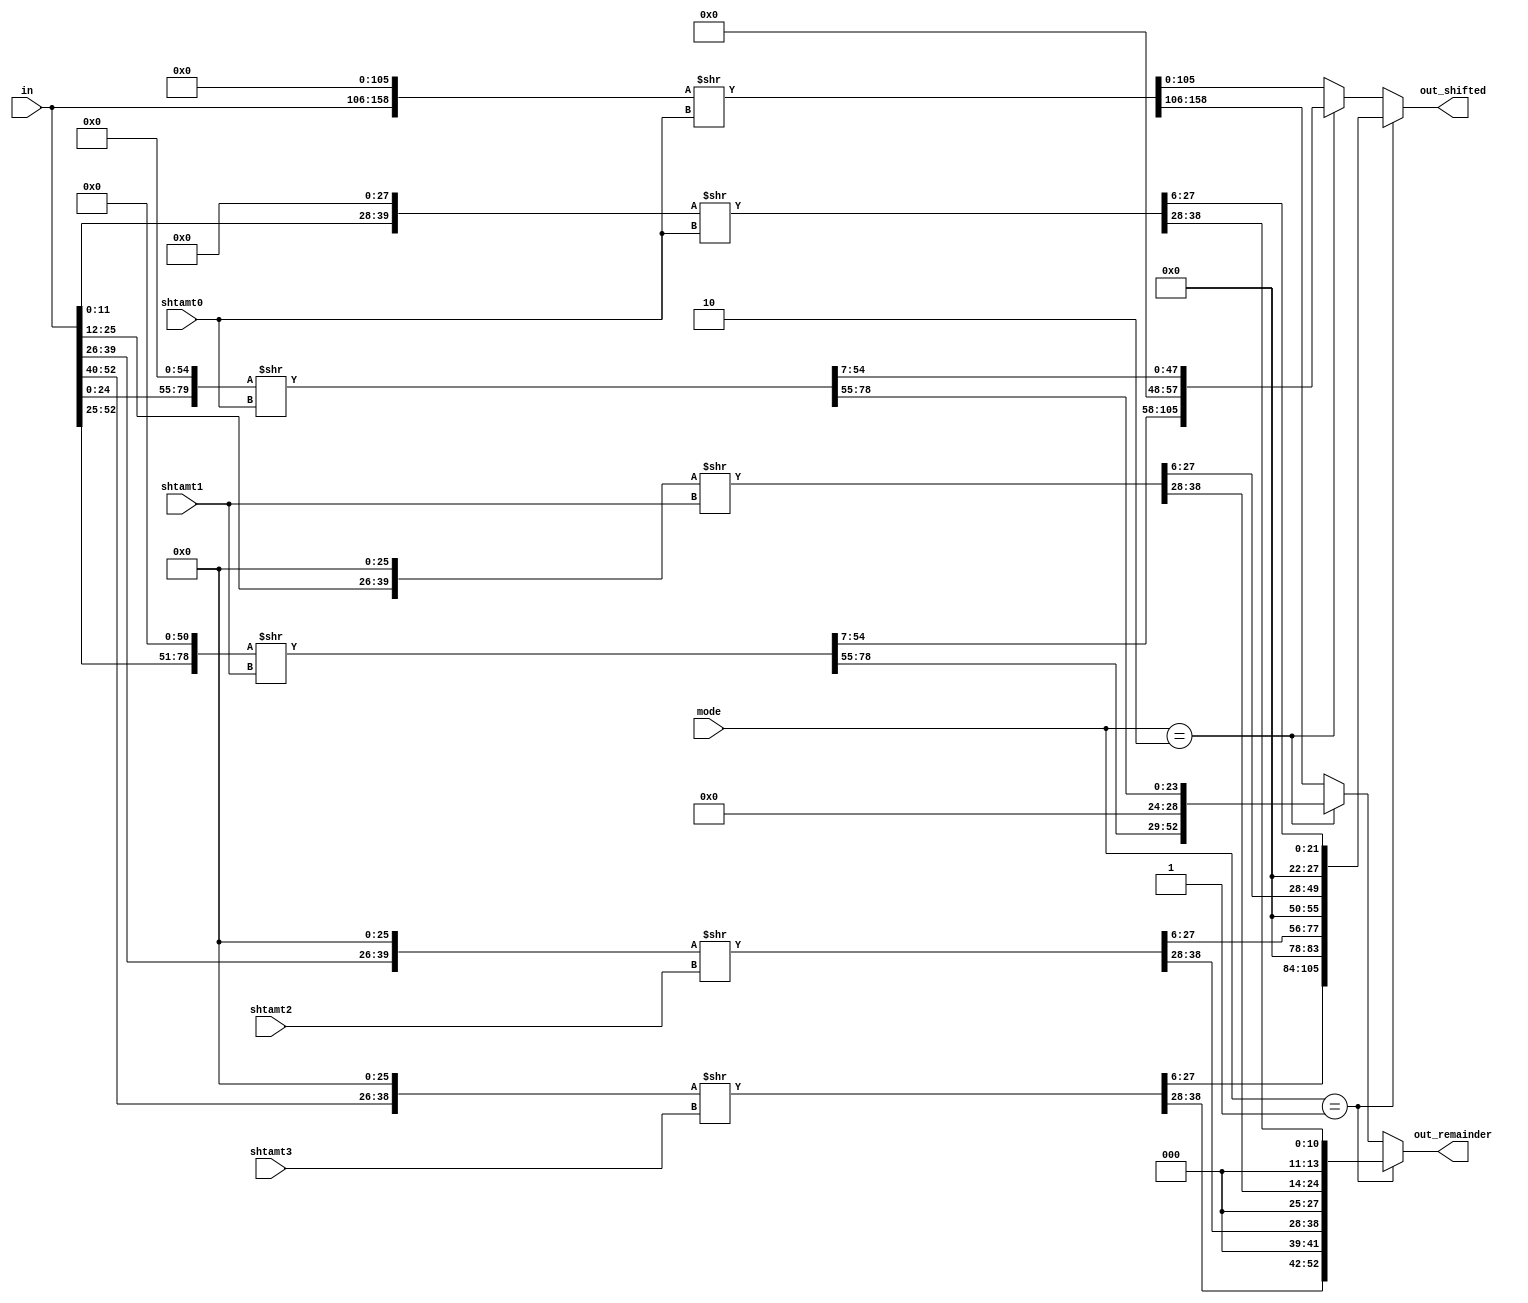
// Title: Alingmint Shifter V 1.0 (No Changelog)
// Created: 
// Updated: 
//---------------------------------------------------------------------------
// This is a Verilog file that aligns the addened with the respect to multip-
// lication result
//
//---------------------------------------------------------------------------
module alignShift (
    input       [52:0]  in,
    input       [7:0]   shtamt0,
    input       [7:0]   shtamt1,
    input       [7:0]   shtamt2,
    input       [7:0]   shtamt3,
    input       [1:0]   mode,
    output reg  [105:0] out_shifted,
    output reg  [52:0]  out_remainder
);

    reg [159:0] out_temp;
    always @(*) begin
        if(mode == 2'b01) begin
            out_temp = {1'b0, in[52:40], 26'b0, in[39:26], 26'b0,  in[25:12], 26'b0,  in[11:0], 28'b0}; //  0:39, 40:79, 80:119, 120:159
            out_temp[39:0] = out_temp[39:0] >> shtamt0;         // 27:6 usefull
            out_temp[79:40] = out_temp[79:40] >> shtamt1;       // 67:46
            out_temp[119:80] = out_temp[119:80] >> shtamt2;     // 107:86
            out_temp[159:120] = out_temp[159:120] >> shtamt3;   // 147:126
            out_shifted = {out_temp[147:126], 6'b0, out_temp[107:86], 6'b0, out_temp[67:46], 6'b0, out_temp[27:6]};
            out_remainder = {out_temp[158:148], 3'b0, out_temp[118:108], 3'b0, out_temp[78:68], 3'b0, out_temp[38:28]};
        end else if (mode == 2'b10) begin
            out_temp = {1'b0, in[52:25], 51'b0,  in[24:0], 55'b0};    //  0:79, 80:159
            out_temp[79:0] = out_temp[79:0] >> shtamt0;         // 54:7 usefull
            out_temp[159:80] = out_temp[159:80] >> shtamt1;     // 134:87
            out_shifted = {out_temp[134:87], 10'b0, out_temp[54:7]};
            out_remainder = {out_temp[158:135], 5'b0, out_temp[78:55]};
        end else begin
            out_temp = {1'b0, in[52:0], 106'b0}; //  0:105
            out_temp = out_temp >> shtamt0;
            out_shifted = out_temp[105:0];
            out_remainder = out_temp[158:106];
        end
    end

endmodule